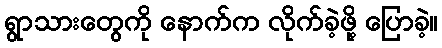
ရွာသားတွေကို နောက်က လိုက်ခဲ့ဖို့ ပြောခဲ့။